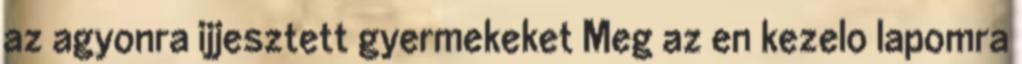
az agyonra ijjesztett gyermekeket Meg az en kezelo lapomra